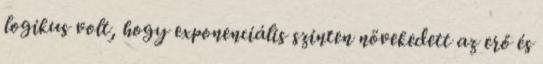
logikus volt, hogy exponenciális szinten növekedett az erő és